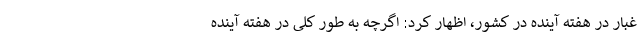
غبار در هفته آینده در کشور، اظهار کرد: اگرچه به طور کلی در هفته آینده